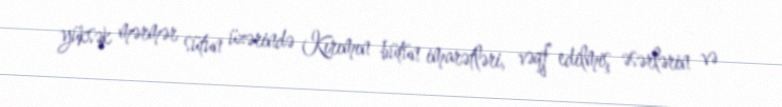
yüksək mərmər sütun üzərində Kırımın bütün imarətləri, vəqf edilmiş əsərlərin və